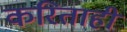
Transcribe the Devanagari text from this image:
करिताही